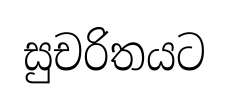
සුචරිතයට